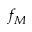
f _ { M }